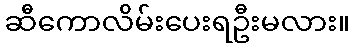
ဆီကောလိမ်းပေးရဦးမလား။